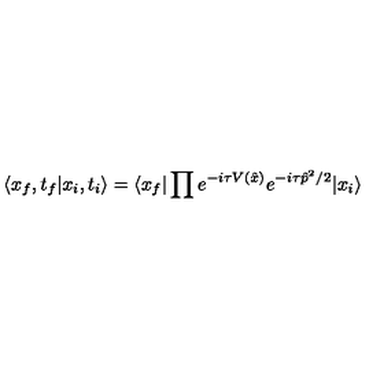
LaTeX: \langle x _ { f } , t _ { f } | x _ { i } , t _ { i } \rangle = \langle x _ { f } | \prod e ^ { - i \tau V ( \hat { x } ) } e ^ { - i \tau \hat { p } ^ { 2 } / 2 } | x _ { i } \rangle